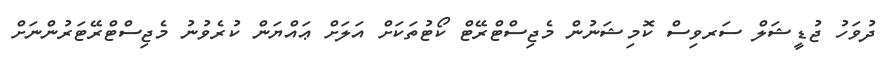
ދުވަހު ޖުޑީޝަލް ސަރވިސް ކޮމިޝަނުން މެޖިސްޓްރޭޓް ކޯޓުތަކަށް އަލަށް ޢައްޔަން ކުރެވުނު މެޖިސްޓްރޭޓަރުންނަށް